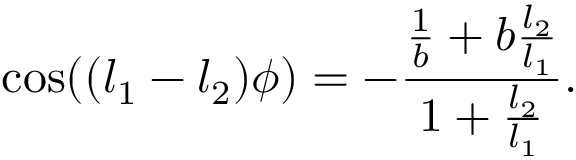
\cos ( ( l _ { 1 } - l _ { 2 } ) \phi ) = - \frac { \frac { 1 } { b } + b \frac { l _ { 2 } } { l _ { 1 } } } { 1 + \frac { l _ { 2 } } { l _ { 1 } } } .